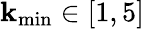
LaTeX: \mathbf{k}_{\operatorname*{min}}\in[1,5]